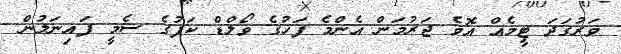
ވަރުގަދަ ޓީމެއް އޮވެ ޖަރުމަން އެންމެ ފަހުގެ ވޯލްޑް ކަޕުގެ ސެމީ ފައިނަލުން